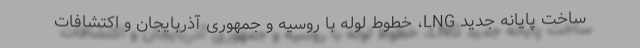
ساخت پایانه جدید LNG، خطوط لوله با روسیه و جمهوری آذربایجان و اکتشافات